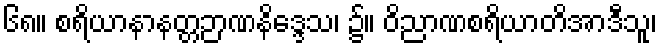
၆၈။ စရိယာနာနတ္တဉာဏနိဒ္ဒေသ၊ ၌။ ဝိညာဏစရိယာတိအာဒီသူ၊